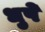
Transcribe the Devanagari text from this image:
धुपे